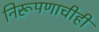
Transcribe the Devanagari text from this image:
निरूपणाचीही